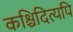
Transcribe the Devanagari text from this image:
कश्चिदित्यपि